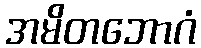
အမိတဘောဂံ